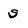
Character: s